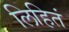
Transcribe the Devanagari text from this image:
लिहितं